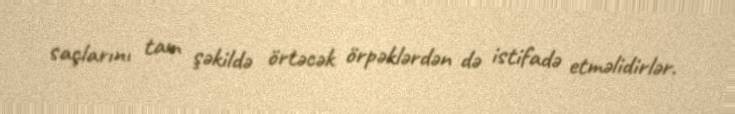
saçlarını tam şəkildə örtəcək örpəklərdən də istifadə etməlidirlər.